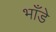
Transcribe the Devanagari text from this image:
भाँडे